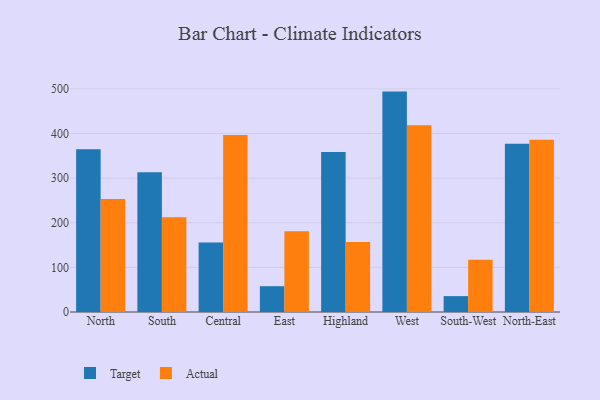
{"axis": {"x": "Region", "y": "Market Share (%)"}, "legend": ["Actual", "Target"], "data": [{"x": "North", "y": 365.0, "type": "Target"}, {"x": "North", "y": 253.4, "type": "Actual"}, {"x": "South", "y": 313.4, "type": "Target"}, {"x": "South", "y": 212.6, "type": "Actual"}, {"x": "Central", "y": 156.0, "type": "Target"}, {"x": "Central", "y": 397.0, "type": "Actual"}, {"x": "East", "y": 57.8, "type": "Target"}, {"x": "East", "y": 181.1, "type": "Actual"}, {"x": "Highland", "y": 358.5, "type": "Target"}, {"x": "Highland", "y": 156.9, "type": "Actual"}, {"x": "West", "y": 494.0, "type": "Target"}, {"x": "West", "y": 418.5, "type": "Actual"}, {"x": "South-West", "y": 35.6, "type": "Target"}, {"x": "South-West", "y": 116.9, "type": "Actual"}, {"x": "North-East", "y": 377.1, "type": "Target"}, {"x": "North-East", "y": 385.9, "type": "Actual"}]}